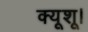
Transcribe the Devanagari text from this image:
क्यूशू।